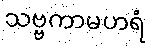
သဗ္ဗကာမဟရံ